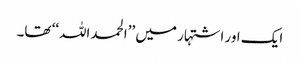
ایک اور اشتہار میں ’’الحمداللہ‘‘ تھا۔